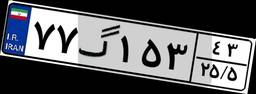
۸۳گ۸۴۸۹۱